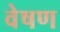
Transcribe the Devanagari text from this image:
वेषण